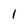
Character: i